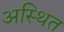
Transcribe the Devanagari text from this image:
अस्थित